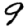
Digit: 9